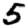
Digit: 5